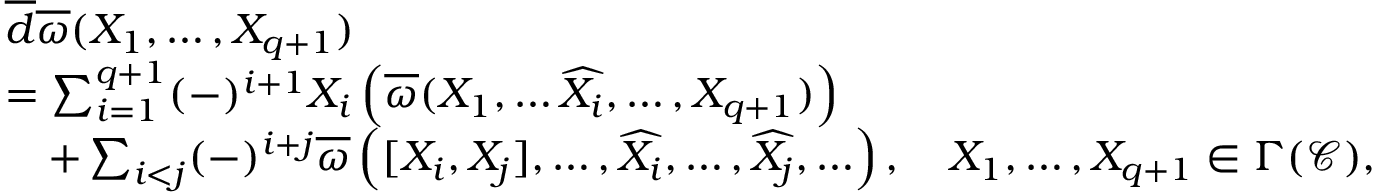
\begin{array} { r l } & { \overline { d } \overline { \omega } ( X _ { 1 } , \ldots , X _ { q + 1 } ) } \\ & { = \sum _ { i = 1 } ^ { q + 1 } ( - ) ^ { i + 1 } X _ { i } \left( \overline { \omega } ( X _ { 1 } , \ldots \widehat { X _ { i } } , \ldots , X _ { q + 1 } ) \right) } \\ & { \quad + \sum _ { i < j } ( - ) ^ { i + j } \overline { \omega } \left( [ X _ { i } , X _ { j } ] , \ldots , \widehat { X _ { i } } , \ldots , \widehat { X _ { j } } , \ldots \right) , \quad X _ { 1 } , \ldots , X _ { q + 1 } \in \Gamma ( \mathscr C ) , } \end{array}